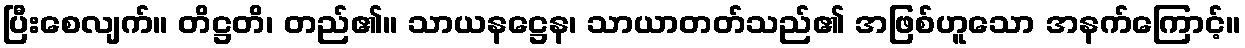
ပြီးစေလျက်။ တိဋ္ဌတိ၊ တည်၏။ သာယနဋ္ဌေန၊ သာယာတတ်သည်၏ အဖြစ်ဟူသော အနက်ကြောင့်။